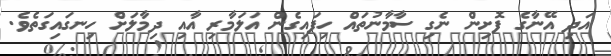
އަދި އޭނާގެ ފޮށިން ނެގި ސާމާނުތައް ހިފައިގެން އަލަމާރި އާއި ދިމާލަށް ހިނގައިގަތެވެ.